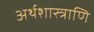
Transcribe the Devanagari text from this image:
अर्थशास्त्राणि